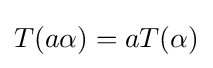
T(a\alpha )=aT(\alpha )